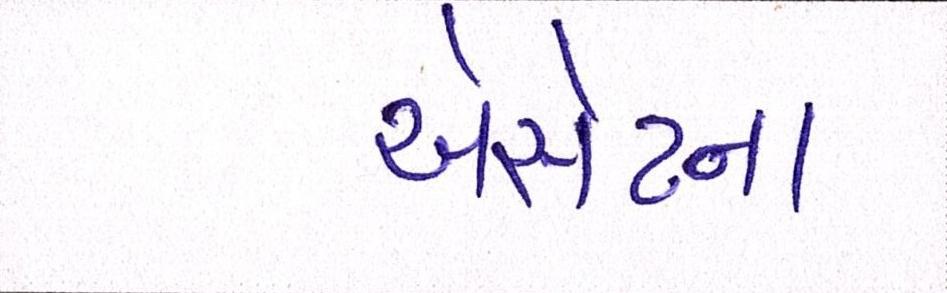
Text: એસેટના